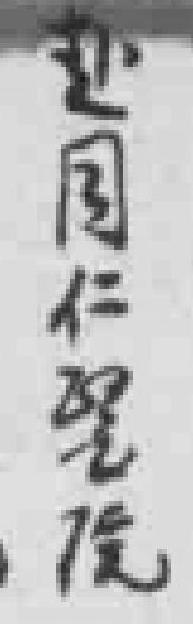
赴同仁醫院